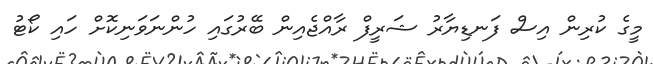
މީގެ ކުރިން އިސް ފަނޑިޔާރު ޝަރީފް ރާއްޖެއިން ބޭރުގައި ހުންނަވަނިކޮށް ހައި ކޯޓު